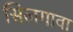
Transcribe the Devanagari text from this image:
सिलगावा